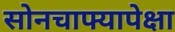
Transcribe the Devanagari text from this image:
सोनचाफ्यापेक्षा